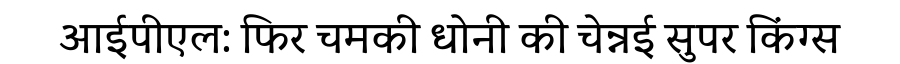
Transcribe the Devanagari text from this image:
आईपीएल: फिर चमकी धोनी की चेन्नई सुपर किंग्स